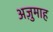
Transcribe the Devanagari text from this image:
अज़ुमाह